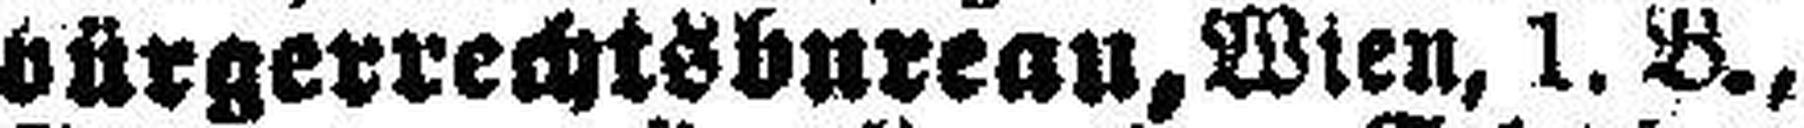
bürgerrechtsbureau, Wlen, 1. B.,